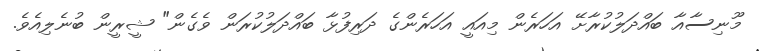
މޫނިސާއާ ބައްދަލުކުރާށޭ އަހަރެން މިއައީ އަހަރެންގެ ދަރިފުޅާ ބައްދަލުކުރަން ވެގެން" ޝީރީން ބުނެލިއެވެ.